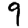
Digit: 9